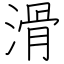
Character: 滑